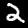
Digit: 2